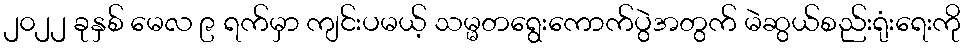
၂၀၂၂ ခုနှစ် မေလ ၉ ရက်မှာ ကျင်းပမယ့် သမ္မတရွေးကောက်ပွဲအတွက် မဲဆွယ်စည်းရုံးရေးကို